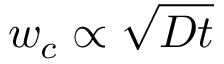
w _ { c } \propto \sqrt { D t }